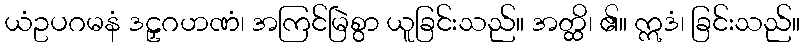
ယံဥပဂမနံ ဒဠှဂဟဏံ၊ အကြင်မြဲစွာ ယူခြင်းသည်။ အတ္ထိ၊ ၏။ ဣဒံ၊ ခြင်းသည်။